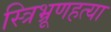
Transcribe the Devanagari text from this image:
स्त्रिभ्रूणहत्या